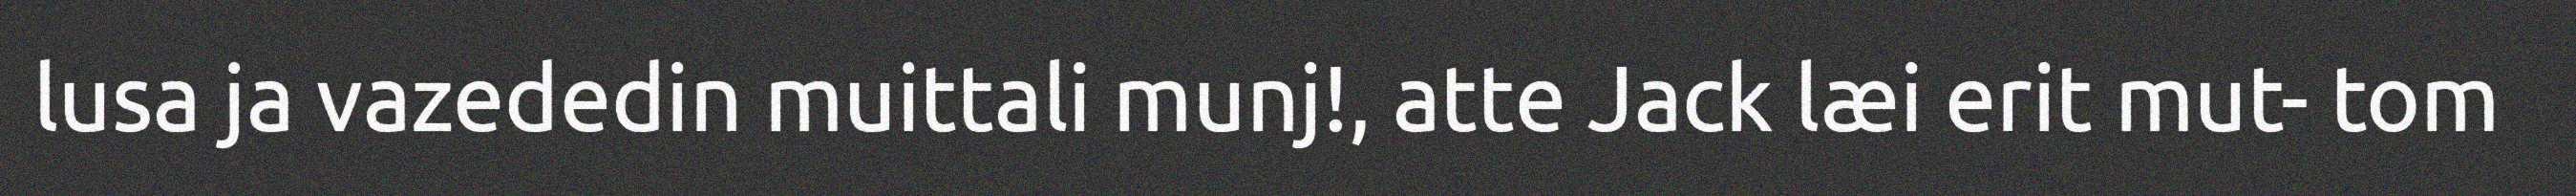
lusa ja vazededin muittali munj!, atte Jack læi erit mut- tom